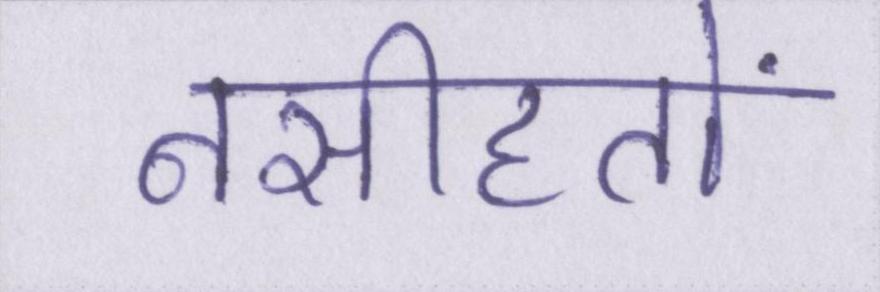
नसीहतों